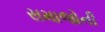
સમાજોની